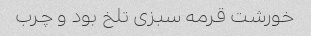
خورشت قرمه سبزی تلخ بود و چرب